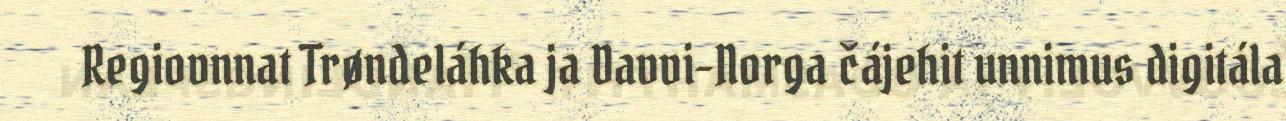
Regiovnnat Trøndeláhka ja Davvi-Norga čájehit unnimus digitála